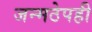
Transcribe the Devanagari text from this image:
जन्मठेपही